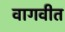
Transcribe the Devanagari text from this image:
वागवीत